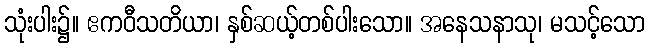
သုံးပါး၌။ ဧကဝီသတိယာ၊ နှစ်ဆယ့်တစ်ပါးသော။ အနေသနာသု၊ မသင့်သော